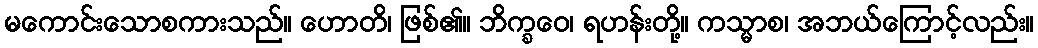
မကောင်းသောစကားသည်။ ဟောတိ၊ ဖြစ်၏။ ဘိက္ခဝေ၊ ရဟန်းတို့။ ကသ္မာစ၊ အဘယ်ကြောင့်လည်း။